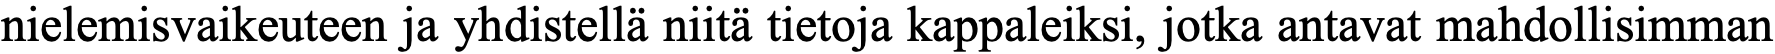
nielemisvaikeuteen ja yhdistellä niitä tietoja kappaleiksi, jotka antavat mahdollisimman